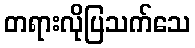
တရားလိုပြသက်သေ